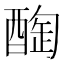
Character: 𨡒